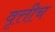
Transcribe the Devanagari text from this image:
वृत्तीच